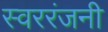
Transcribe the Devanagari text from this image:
स्वररंजनी